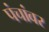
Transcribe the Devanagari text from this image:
पंचांवर